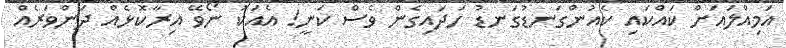
އަމިއްލައަށް ކައްކައި ކެއުންގަނޑުގަނޑު ހަދައިގެން ވެސް ކަނީ! އެއަކު ނޯވޭ އިރާކޮޅެއް ދަންވަރެއް